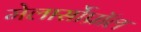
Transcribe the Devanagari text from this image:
मेलार्सोप्रॉल